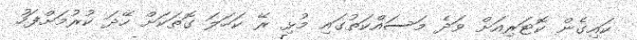
ކައިގެން ކޮޓަރިއަށް ވަދެ މަސައްކަތުގައި މުޅި ރޭ ކަހަލަ ގޮތަކަށް ހޭދަ ކުރުމަށްފަހު